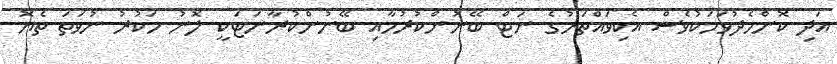
އަދި ކޮންމެދުވަހަކުވެސް އެކިވައްތަރުގެ ނަޓް ބޭނުންކުރުމާއި ބޭނުންކުރާނަޓަކީ ލޮނު ހަކުރު ނުވަތަ ތެޔޮ